Mental hospitals Bombay report 1921-28 - 1921-1928
Year: 1921
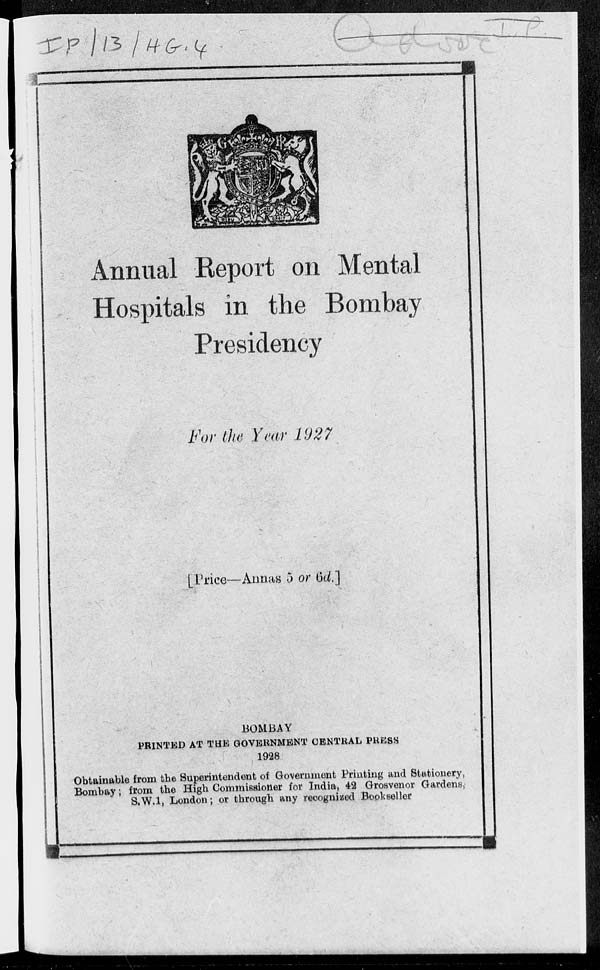
Annual Report on Mental
Hospitals in the Bombay
Presidency
For the Year 1927
[Price—Annas 5 or 6d.]
BOMBAY
PRINTED AT THE GOVERNMENT CENTRAL PRESS
1928
Obtainable from the Superintendent of Government Printing and Stationery,
Bombay; from the High Commissioner for India, 42 Grosvenor Gardens,
S.W.1, London; or through any recognized Bookseller